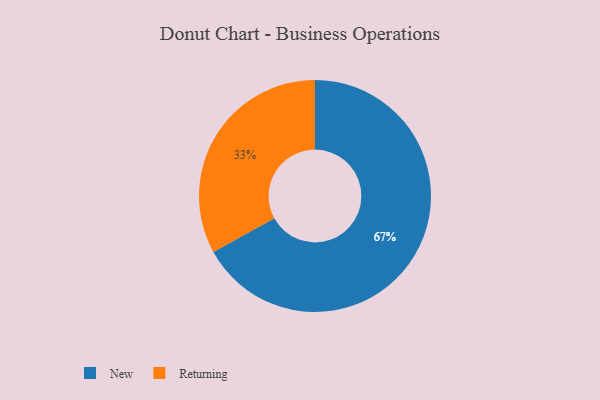
{"axis": {"x": "Category", "y": "Percentage"}, "legend": ["New", "Returning"], "data": [{"x": "New", "y": 67, "type": "New"}, {"x": "Returning", "y": 33, "type": "Returning"}]}